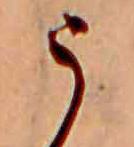
う